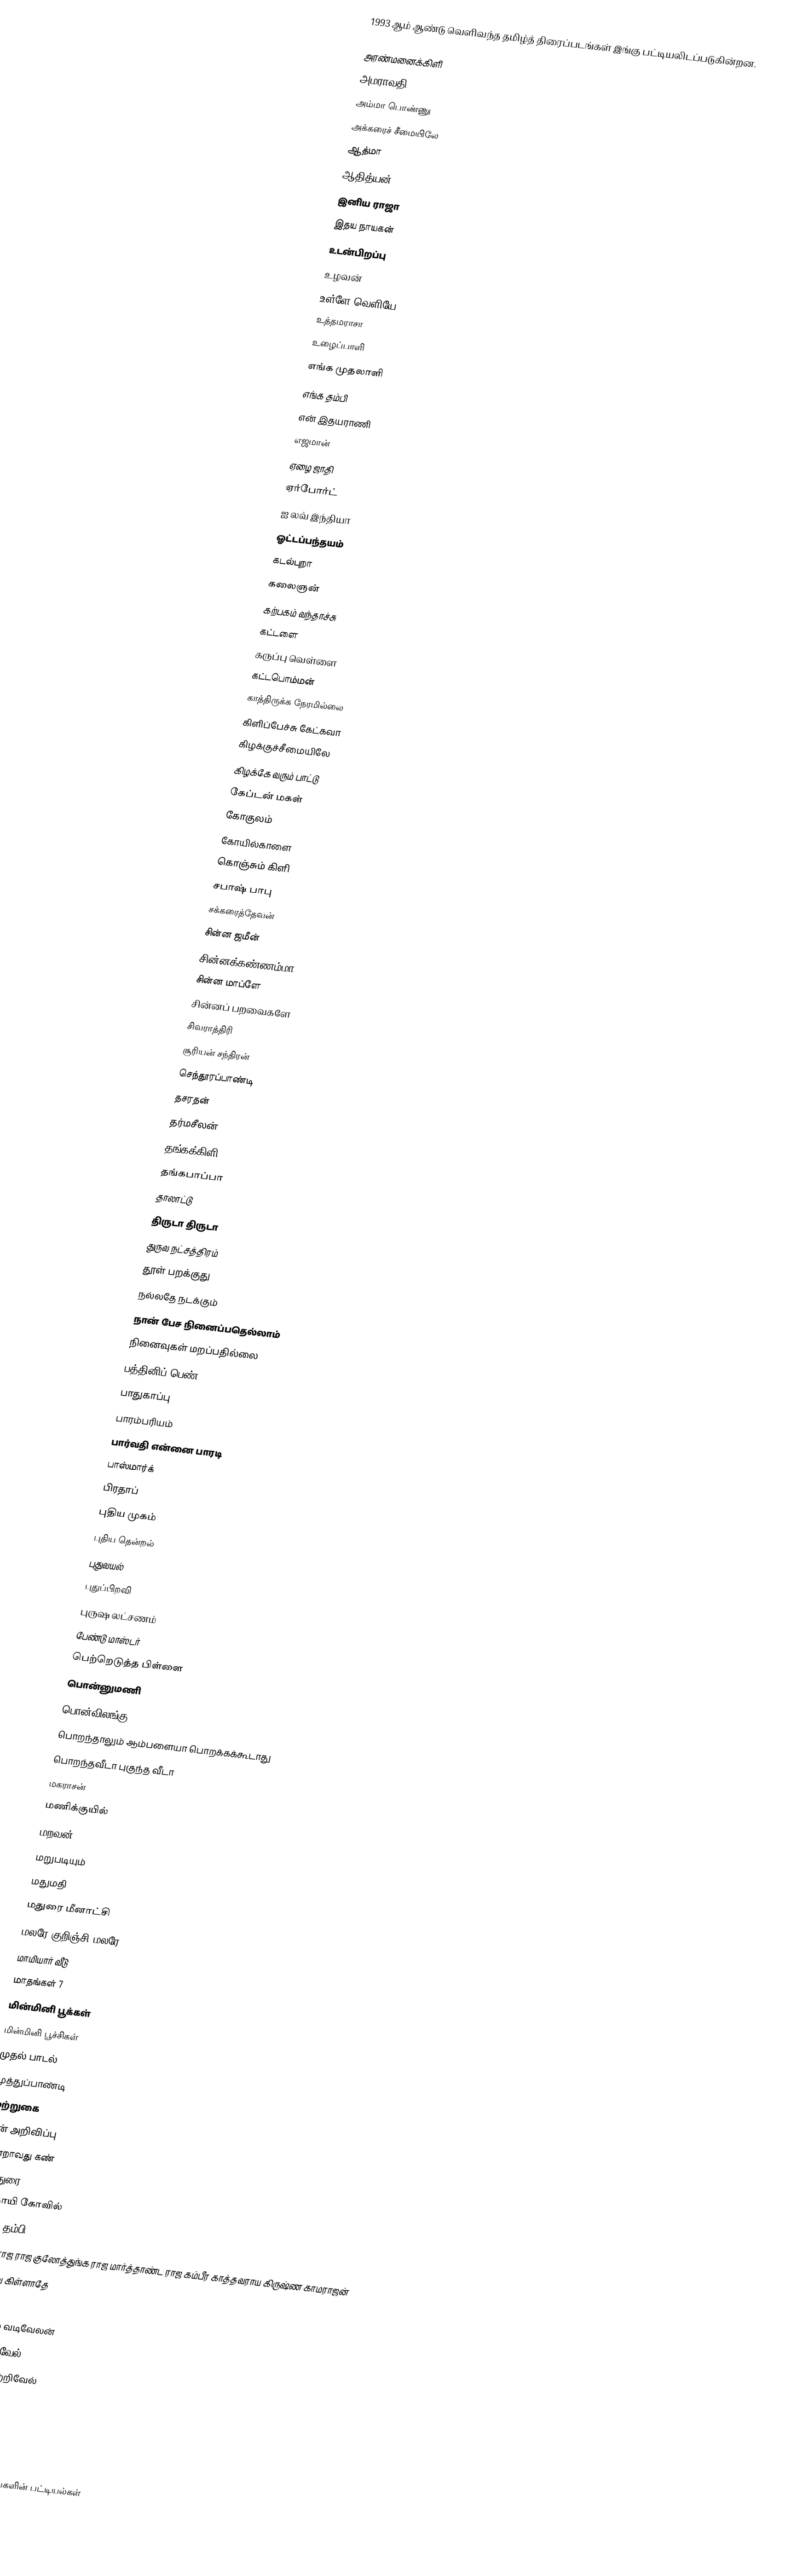
1993 ஆம் ஆண்டு வெளிவந்த தமிழ்த் திரைப்படங்கள் இங்கு பட்டியலிடப்படுகின்றன.

அரண்மனைக்கிளி
அமராவதி
அம்மா பொண்ணு
அக்கரைச் சீமையிலே
ஆத்மா
ஆதித்யன்
இனிய ராஜா
இதய நாயகன்
உடன்பிறப்பு
உழவன்
உள்ளே வெளியே
உத்தமராசா
உழைப்பாளி
எங்க முதலாளி
எங்க தம்பி
என் இதயராணி
எஜமான்
ஏழை ஜாதி
ஏர்போர்ட்
ஐ லவ் இந்தியா
ஓட்டப்பந்தயம்
கடல்புறா
கலைஞன்
கற்பகம் வந்தாச்சு
கட்டளை
கருப்பு வெள்ளை
கட்டபொம்மன்
காத்திருக்க நேரமில்லை
கிளிப்பேச்சு கேட்கவா
கிழக்குச்சீமையிலே
கிழக்கே வரும் பாட்டு
கேப்டன் மகள்
கோகுலம்
கோயில்காளை
கொஞ்சும் கிளி
சபாஷ் பாபு
சக்கரைத்தேவன்
சின்ன ஜமீன்
சின்னக்கண்ணம்மா
சின்ன மாப்ளே
சின்னப் பறவைகளே
சிவராத்திரி
சூரியன் சந்திரன்
செந்தூரப்பாண்டி
தசரதன்
தர்மசீலன்
தங்கக்கிளி
தங்கபாப்பா
தாலாட்டு
திருடா திருடா
துருவ நட்சத்திரம்
தூள் பறக்குது
நல்லதே நடக்கும்
நான் பேச நினைப்பதெல்லாம்
நினைவுகள் மறப்பதில்லை
பத்தினிப் பெண்
பாதுகாப்பு
பாரம்பரியம்
பார்வதி என்னை பாரடி
பாஸ்மார்க்
பிரதாப்
புதிய முகம்
புதிய தென்றல்
புதுவயல்
புதுப்பிறவி
புருஷ லட்சணம்
பேண்டு மாஸ்டர்
பெற்றெடுத்த பிள்ளை
பொன்னுமணி
பொன்விலங்கு
பொறந்தாலும் ஆம்பளையா பொறக்கக்கூடாது
பொறந்தவீடா புகுந்த வீடா
மகராசன்
மணிக்குயில்
மறவன்
மறுபடியும்
மதுமதி
மதுரை மீனாட்சி
மலரே குறிஞ்சி மலரே
மாமியார் வீடு
மாதங்கள் 7
மின்மினி பூக்கள்
மின்மினி பூச்சிகள்
முதல் பாடல்
முத்துப்பாண்டி
முற்றுகை
முன் அறிவிப்பு
மூன்றாவது கண்
ராஜதுரை
ராக்காயி கோவில்
ரிக்ஷா தம்பி
ராஜாதி ராஜ ராஜ குலோத்துங்க ராஜ மார்த்தாண்ட ராஜ கம்பீர காத்தவராய கிருஷ்ண காமராஜன்
ரோஜாவை கிள்ளாதே
வள்ளி
வரம் தரும் வடிவேலன்
வால்டர் வடிவேல்
வால்டர் வெற்றிவேல்
வேடன்
ஜாதிமல்லி
ஜென்டில்மேன்

தமிழ்த் திரைப்படங்களின் பட்டியல்கள்